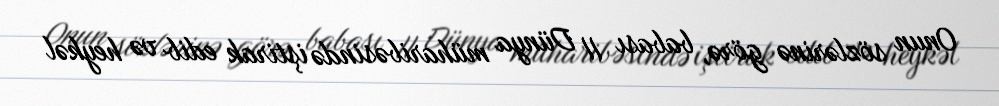
Onun sözlərinə görə, babası II Dünya müharibəsində iştirak edib və heykəl